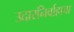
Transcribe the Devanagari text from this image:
उदारनिर्वाहाचा